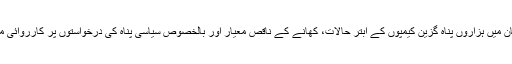
يورپی يونين کے رکن ملک يونان ميں ہزاروں پناہ گزين کيمپوں کے ابتر حالات، کھانے کے ناقص معيار اور بالخصوص سياسی پناہ کی درخواستوں پر کارروائی ميں تاخير سے کافی پريشان ہيں۔